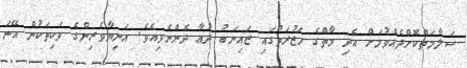
ސަލާމަތްކޮށްދެއްވުމަށް އެދި މާތްގެ ހަޒުރަތުގައި ޒައިނަބު ދުޢާ ދެންނެވިއެވެ. އަނިޔާވެރިންގެ ވަކިތަކުން އޭނަ